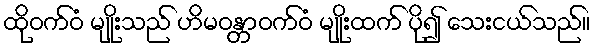
ထိုဝက်ဝံ မျိုးသည် ဟိမဝန္တာဝက်ဝံ မျိုးထက် ပို၍ သေးငယ်သည်။